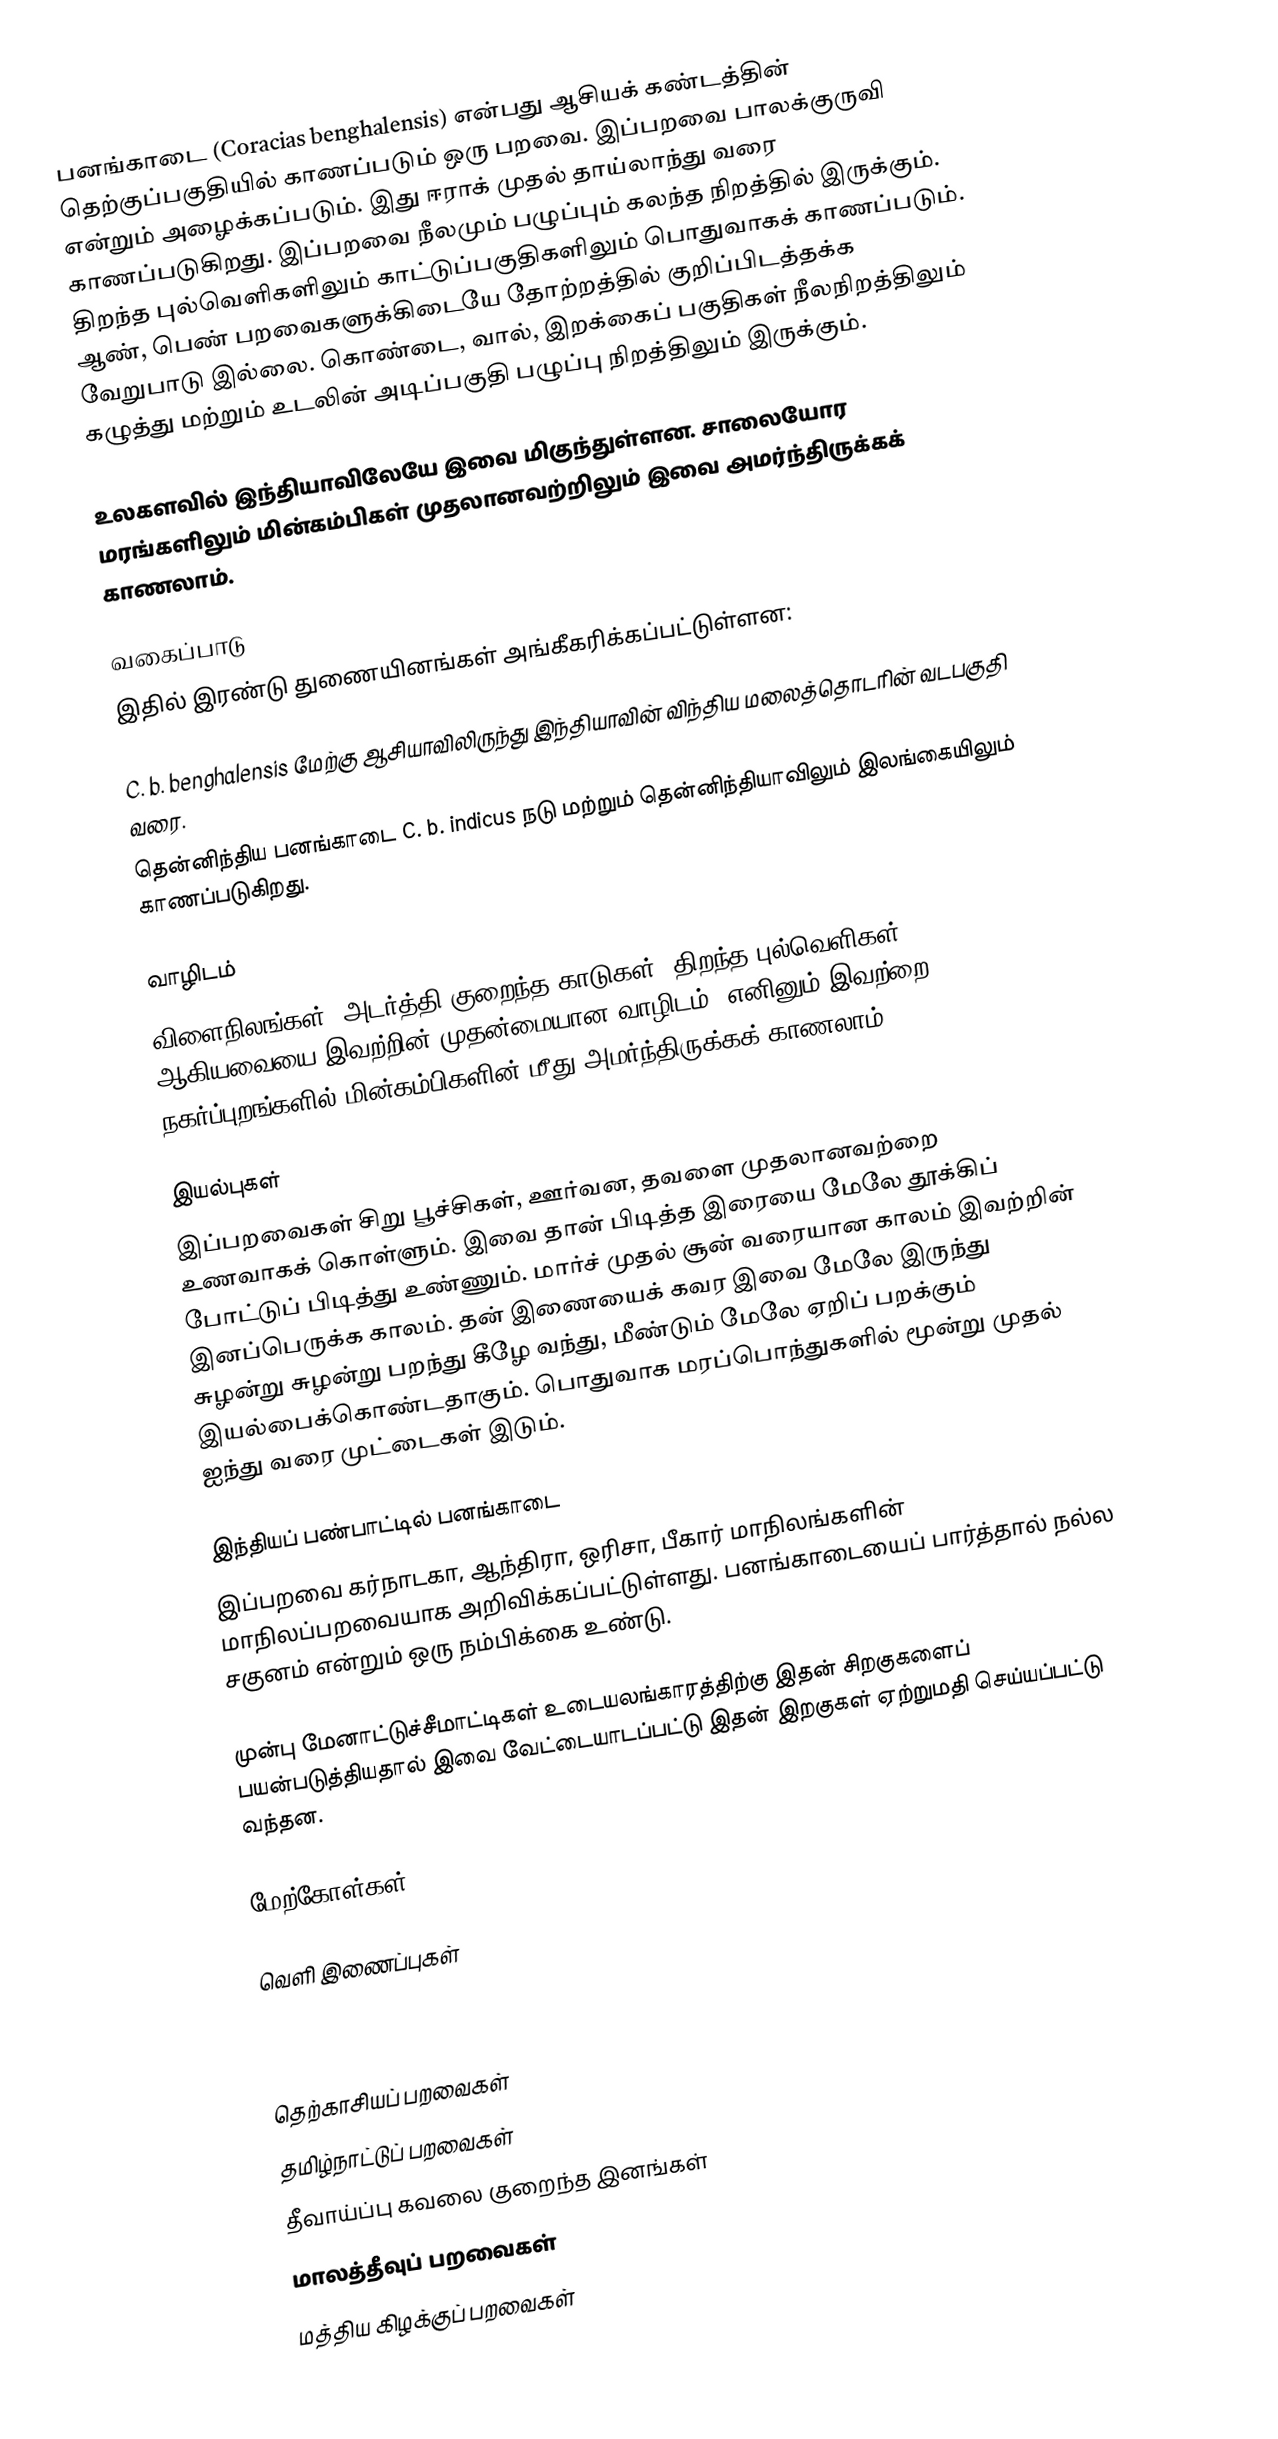
பனங்காடை (Coracias benghalensis) என்பது ஆசியக் கண்டத்தின் தெற்குப்பகுதியில் காணப்படும் ஒரு பறவை. இப்பறவை பாலக்குருவி என்றும் அழைக்கப்படும். இது ஈராக் முதல் தாய்லாந்து வரை காணப்படுகிறது. இப்பறவை நீலமும் பழுப்பும் கலந்த நிறத்தில் இருக்கும். திறந்த புல்வெளிகளிலும் காட்டுப்பகுதிகளிலும் பொதுவாகக் காணப்படும். ஆண், பெண் பறவைகளுக்கிடையே தோற்றத்தில் குறிப்பிடத்தக்க வேறுபாடு இல்லை. கொண்டை, வால், இறக்கைப் பகுதிகள் நீலநிறத்திலும் கழுத்து மற்றும்  உடலின் அடிப்பகுதி பழுப்பு நிறத்திலும் இருக்கும்.

உலகளவில் இந்தியாவிலேயே இவை மிகுந்துள்ளன. சாலையோர மரங்களிலும் மின்கம்பிகள் முதலானவற்றிலும் இவை அமர்ந்திருக்கக் காணலாம்.

வகைப்பாடு
இதில் இரண்டு துணையினங்கள் அங்கீகரிக்கப்பட்டுள்ளன:

 C. b. benghalensis  மேற்கு ஆசியாவிலிருந்து இந்தியாவின் விந்திய மலைத்தொடரின் வடபகுதி வரை.
 தென்னிந்திய பனங்காடை C. b. indicus  நடு மற்றும் தென்னிந்தியாவிலும் இலங்கையிலும் காணப்படுகிறது.

வாழிடம்
விளைநிலங்கள், அடர்த்தி குறைந்த காடுகள், திறந்த புல்வெளிகள் ஆகியவையை இவற்றின் முதன்மையான வாழிடம். எனினும் இவற்றை நகர்ப்புறங்களில் மின்கம்பிகளின் மீது அமர்ந்திருக்கக் காணலாம்.

இயல்புகள்
இப்பறவைகள் சிறு பூச்சிகள், ஊர்வன, தவளை முதலானவற்றை உணவாகக் கொள்ளும். இவை தான் பிடித்த இரையை மேலே  தூக்கிப் போட்டுப் பிடித்து உண்ணும். மார்ச் முதல் சூன் வரையான காலம் இவற்றின் இனப்பெருக்க காலம். தன் இணையைக் கவர இவை மேலே இருந்து சுழன்று சுழன்று பறந்து கீழே வந்து, மீண்டும் மேலே ஏறிப் பறக்கும் இயல்பைக்கொண்டதாகும்.  பொதுவாக மரப்பொந்துகளில் மூன்று முதல் ஐந்து வரை முட்டைகள் இடும்.

இந்தியப் பண்பாட்டில் பனங்காடை
இப்பறவை கர்நாடகா, ஆந்திரா, ஒரிசா, பீகார் மாநிலங்களின் மாநிலப்பறவையாக அறிவிக்கப்பட்டுள்ளது. பனங்காடையைப் பார்த்தால் நல்ல சகுனம் என்றும் ஒரு நம்பிக்கை உண்டு.

முன்பு மேனாட்டுச்சீமாட்டிகள் உடையலங்காரத்திற்கு இதன் சிறகுகளைப் பயன்படுத்தியதால் இவை வேட்டையாடப்பட்டு இதன் இறகுகள் ஏற்றுமதி செய்யப்பட்டு வந்தன.

மேற்கோள்கள்

வெளி இணைப்புகள்

தெற்காசியப் பறவைகள்
தமிழ்நாட்டுப் பறவைகள்
தீவாய்ப்பு கவலை குறைந்த இனங்கள்
மாலத்தீவுப் பறவைகள்
மத்திய கிழக்குப் பறவைகள்